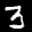
Label: 3